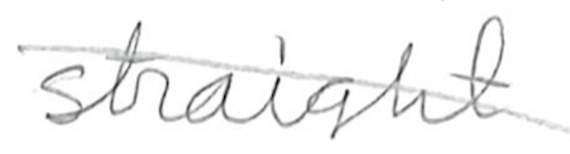
Text: straight
Cross-out: diagonal
Writing tool: pencil